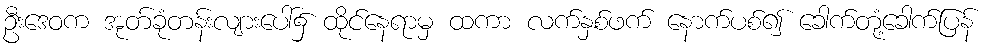
ဦးဒေဝက အုတ်ခုံတန်းလျားပေါ်၌ ထိုင်နေရာမှ ထကာ လက်နှစ်ဖက် နောက်ပစ်၍ ခေါက်တုံ့ခေါက်ပြန်